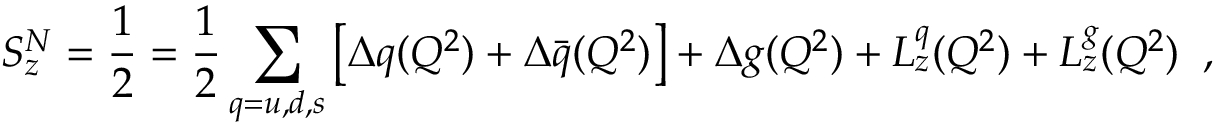
S _ { z } ^ { N } = \frac { 1 } { 2 } = \frac { 1 } { 2 } \sum _ { q = u , d , s } \left[ \Delta q ( Q ^ { 2 } ) + \Delta \bar { q } ( Q ^ { 2 } ) \right] + \Delta g ( Q ^ { 2 } ) + L _ { z } ^ { q } ( Q ^ { 2 } ) + L _ { z } ^ { g } ( Q ^ { 2 } ) \; \; ,